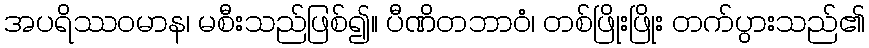
အပရိဿဝမာန၊ မစီးသည်ဖြစ်၍။ ပီဏိတဘာဝံ၊ တစ်ဖြိုးဖြိုး တက်ပွားသည်၏